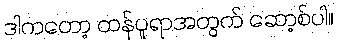
ဒါကတော့ တန်ပူရာအတွက် ဆော့စ်ပါ။